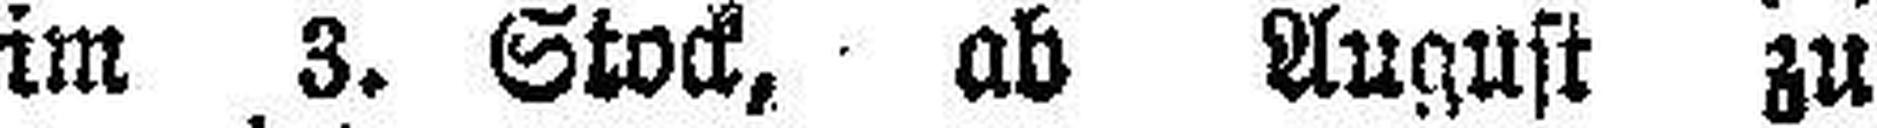
im 3. Stock, ab August zu